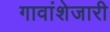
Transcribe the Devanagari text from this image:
गावांशेजारी